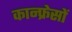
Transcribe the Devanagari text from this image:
कान्फ्रेसों